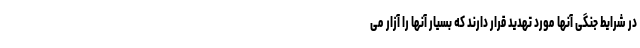
در شرایط جنگی آنها مورد تهدید قرار دارند که بسیار آنها را آزار می